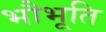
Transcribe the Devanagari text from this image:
भौभूति